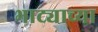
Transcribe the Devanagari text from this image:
भाट्याच्या